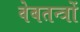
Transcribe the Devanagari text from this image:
वेबतन्त्रों